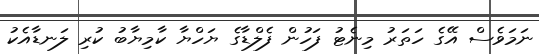
ނަމަވެސް އޭގެ ހަތަރު މިނެޓު ފަހުން ފެލްޑާގެ ޔަހްޔާ ކާމިޔާބު ކުރި ލަނޑާއެކު